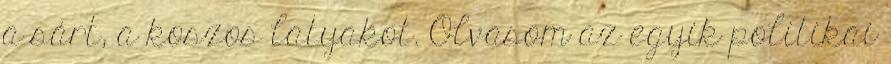
a sárt, a koszos latyakot. Olvasom az egyik politikai